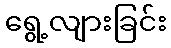
ရွေ့လျားခြင်း